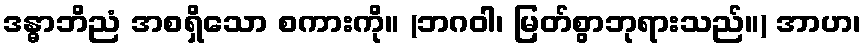
ဒန္ဓာဘိညံ အစရှိသော စကားကို။ (ဘဂဝါ၊ မြတ်စွာဘုရားသည်။) အာဟ၊